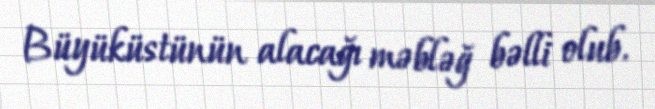
Büyüküstünün alacağı məbləğ bəlli olub.